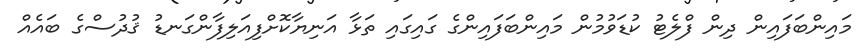
މައިންބަފައިން ދިން ފްލެޓު ކުޑަވުމުން މައިންބަފައިންގެ ގައިގައި ތަޅާ އަނިޔާކޮށްފިއަލިފާންގަނޑު ޤުދުސްގެ ބައެއް